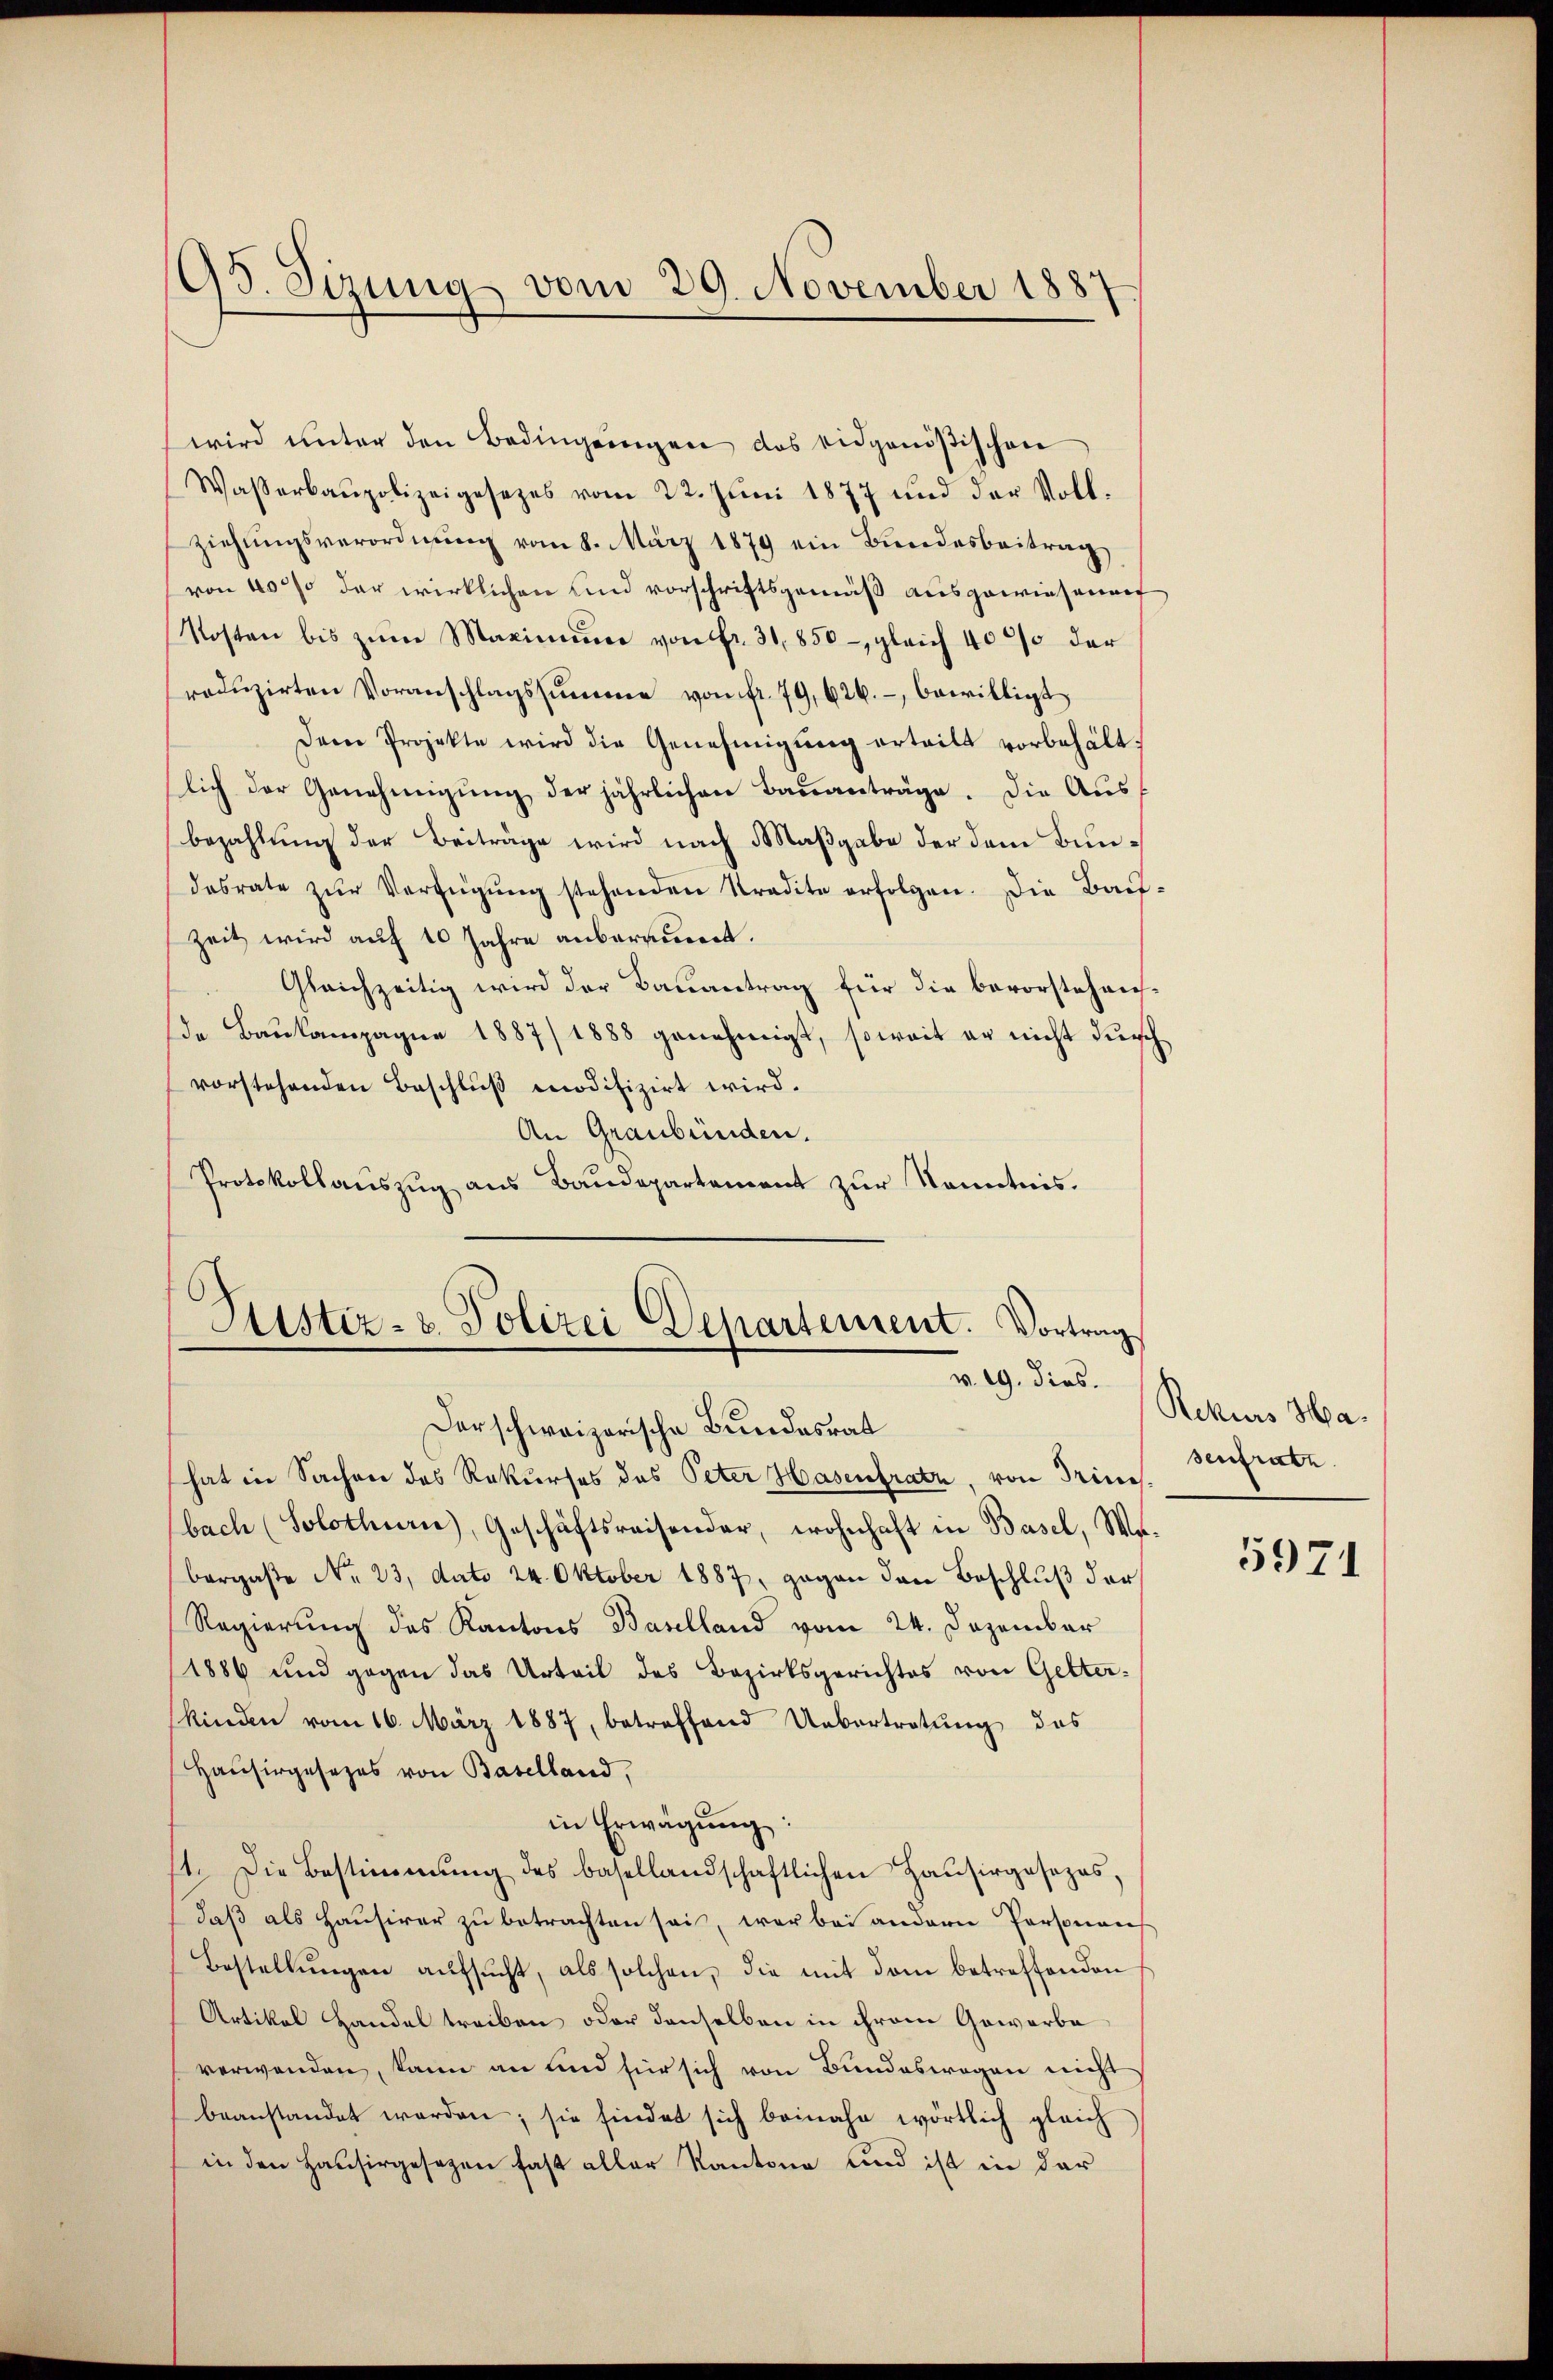
95. Sizung vom 29. November 1887

wird ŭnter den Bedingŭngen das eidgenößischen
Waßerbaupolizeigesezes vom 22. Jŭni 1877 und der Voll-
ziehŭngsverordnung vom 8. März 1879 ein Bundesbeitrag
von 40% der wirklichen und vorschriftsgemäß ausgewiesenen
Kosten bis zŭm Maximŭm von fr. 31. 850- gleich 4000 der
roduzirten Voranschlagssumme von fr. 79,626. bewilligt
Derne Projekte wird die Genehmigung erteilt vorbehältlich der Genehmigung der jährlichen Bauanträge. Die Aus
bezahlung der Beiträge wird nach Maßgabe der dem Bundesrate zŭr Verfügung stehenden Stradite erfolgen. Die Bauf¬
Zeit wird auf 10 Jahre anberauert.
Gleichzeitig wird der Bauantrag für die bevorstehausde Baukampagne 1887/1888 genehmigt, soweit er nicht durch
vorstehenden Beschluß modifizirt wird.
An Graubünden.
Protokollauszug aus Baudepartement zur Kenntnis.

Sistiz- & Polizei Departement. Vortrag
v. 19. dies.
Der schweizerische Bundesrat

hat in Sachen des Rekurses des Peter Hasenfratz, von Trini
bach (Solothurn), Geschäftsreisender, wohnhaft in Basel, We-
bergaße No. 23, dato 24. Oktober 1887, gegen den Beschluß der
Regierung des Kantons Baselland vom 24. Dezember
1886 und gegen das Urteil des Bezirksgerichtes von Gelterkinden vom 16. März 1887, betreffend Uebertretŭng das
Hausirgesezes von Baselland,
in Erwägŭng:
t. Die Bestimmung des basellandschaftlichen Haŭsirgesezes,
daβ als Haŭsirer zŭ betrachten sei, war bei andern Personan
Bestellŭngen aŭfsŭcht, als solchen, die mit dem betreffenden
Artikel Handel treiben oder denselben in ihrem Gewerbe
verwenden, kann an und für sich von Bundeswegen nicht
beanstandet werden; sie findet sich beinahe wörtlich gleich
in den Hausirgesezen fast aller Kantone und ist in der

Rekurs Ha
senfrate

5971